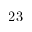
2 3